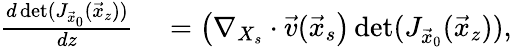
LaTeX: \begin{array}{rl}{\frac{d\operatorname*{det}(J_{\vec{x}_{0}}(\vec{x}_{z}))}{dz}}&{{}=\left(\nabla_{X_{s}}\cdot\vec{v}(\vec{x}_{s}\right)\operatorname*{det}(J_{\vec{x}_{0}}(\vec{x}_{z})),}\end{array}